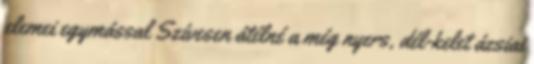
elemei egymással Szívesen átélné a még nyers, dél-kelet ázsiai